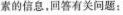
素的信息，回答有关问题：